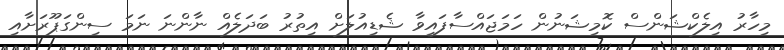
މިހާރު އިލެކްޝަންސް ކޮމިޝަނުން ހަމަޖައްސާފައިވާ ޝެޑިއުލަށް އިތުރު ބަދަލެއް ނާންނަ ނަމަ ސިންގަޕޫރަށާއި